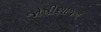
જોષીસાજન